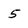
Character: 5